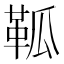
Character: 䩝